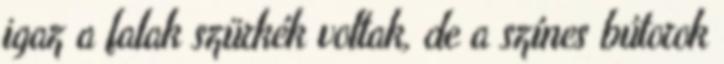
igaz a falak szürkék voltak, de a színes bútorok